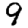
Digit: 9